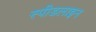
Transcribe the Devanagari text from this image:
स्पीडलाइन